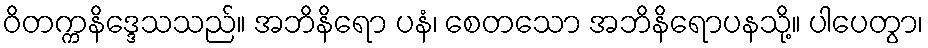
ဝိတက္ကနိဒ္ဒေသသည်။ အဘိနိရော ပနံ၊ စေတသော အဘိနိရောပနသို့။ ပါပေတွာ၊